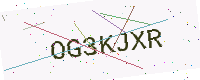
Text: OG3KJXR